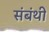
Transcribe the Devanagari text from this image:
संबंथी